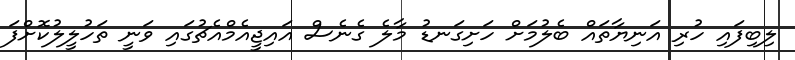
ލިބިފައި ހުރި އަނިޔާތައް ބެލުމަށް ހަށިގަނޑު މާލެ ގެނެސް އައިޖީއެމްއެޗުގައި ވަނީ ތަހުލީލުކޮށްފަ